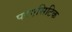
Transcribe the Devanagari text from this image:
परएसिटिक